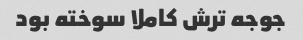
جوجه ترش کاملا سوخته بود